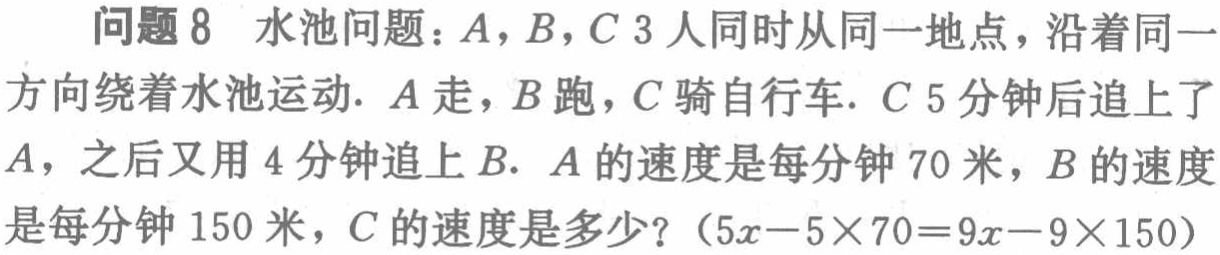
问题8 水池问题：\(A\)，\(B\)，\(C\) 3人同时从同一地点，沿着同一方向绕着水池运动. \(A\)走，\(B\)跑，\(C\)骑自行车. \(C\) 5分钟后追上了\(A\)，之后又用4分钟追上\(B\). \(A\)的速度是每分钟70米，\(B\)的速度是每分钟150米，\(C\)的速度是多少？（\(5x - 5\times70 = 9x - 9\times150\)）